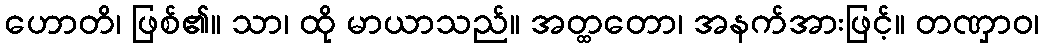
ဟောတိ၊ ဖြစ်၏။ သာ၊ ထို မာယာသည်။ အတ္ထတော၊ အနက်အားဖြင့်။ တဏှာဝ၊